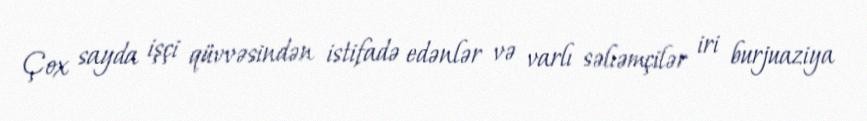
Çox sayda işçi qüvvəsindən istifadə edənlər və varlı səlıəmçilər iri burjuaziya